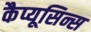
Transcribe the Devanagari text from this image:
कैप्यूसिन्स